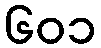
၆၀၁